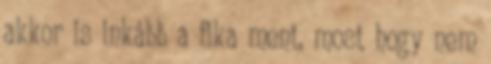
akkor is inkább a fika ment, most hogy nem